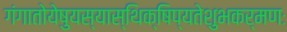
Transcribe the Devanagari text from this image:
गंगातोयेषुयस्यास्थिक्षिप्यतेशुभकर्मणः